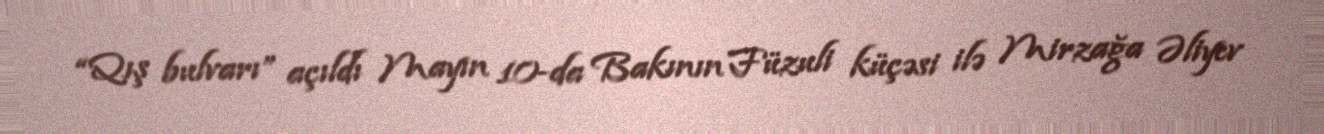
“Qış bulvarı” açıldı Mayın 10-da Bakının Füzuli küçəsi ilə Mirzağa Əliyev